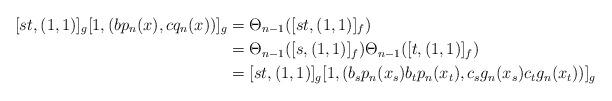
LaTeX: \begin{align*}[st,(1,1)]_g[1,(bp_n(x),cq_n(x))]_g&=\Theta_{n-1}([st,(1,1)]_f) \\&=\Theta_{n-1}([s,(1,1)]_f)\Theta_{n-1}([t,(1,1)]_f) \\&=[st,(1,1)]_g[1,(b_sp_n(x_s)b_tp_n(x_t),c_sg_n(x_s)c_tg_n(x_t))]_g\end{align*}